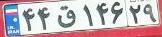
۴۴ق۱۴۶۲۹